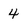
Character: 4